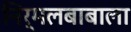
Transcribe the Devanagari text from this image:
निर्मलबाबाला